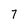
Character: 7